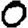
Digit: 0